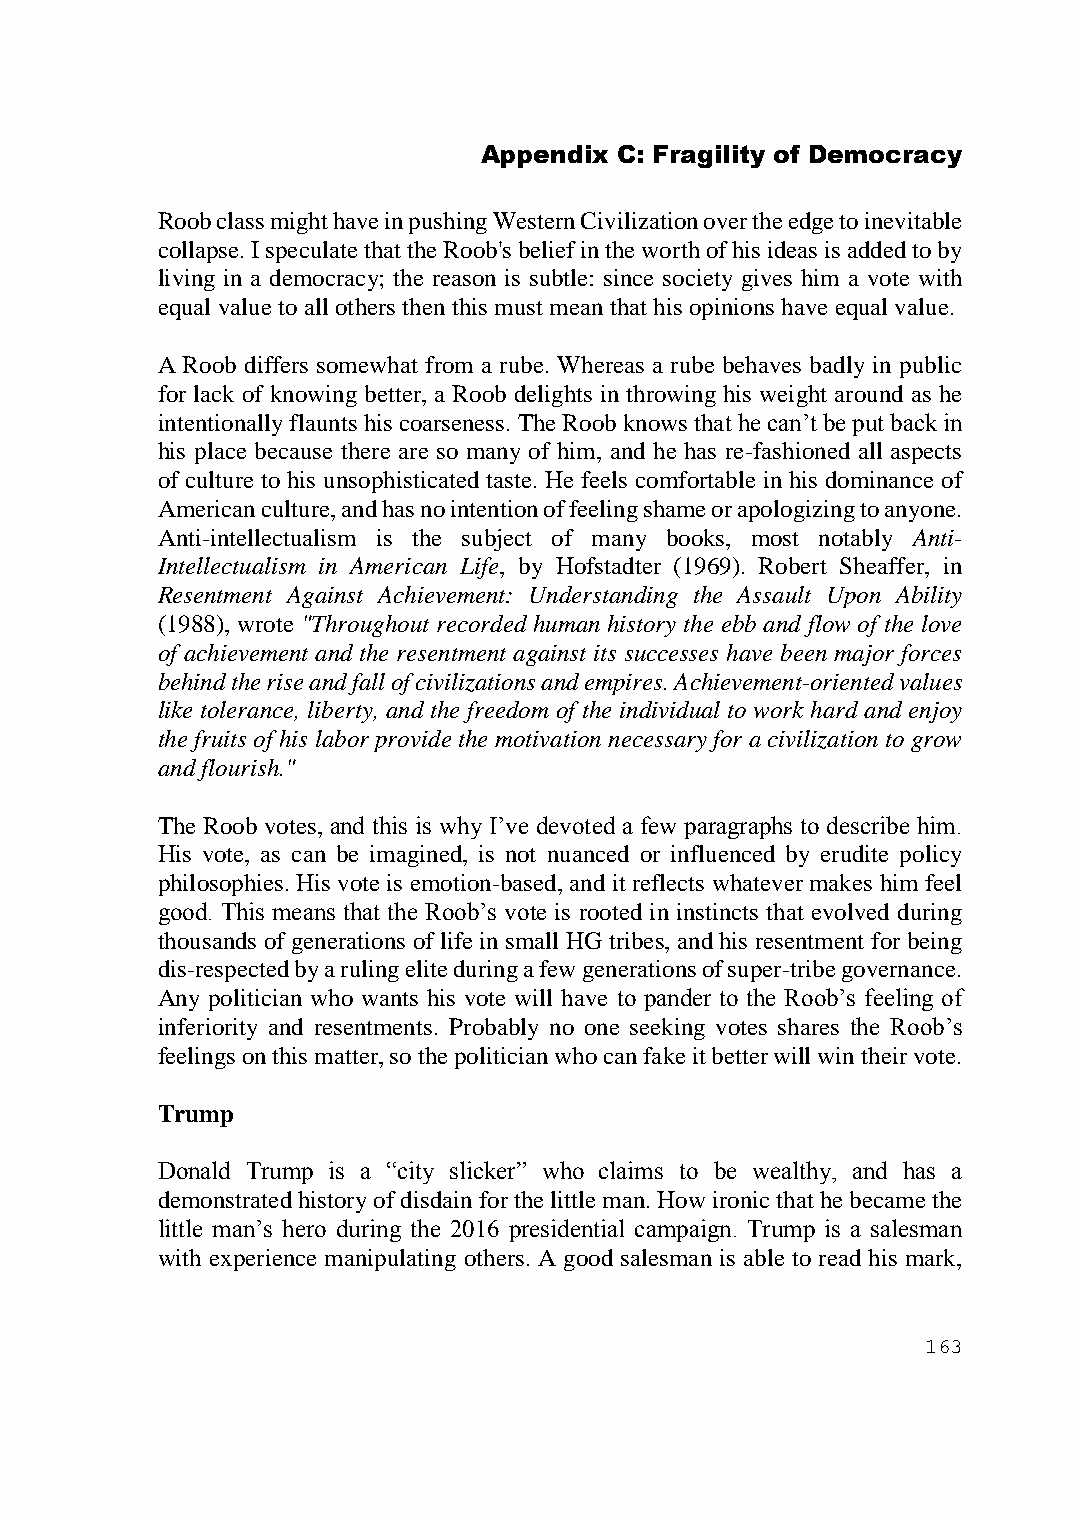
Appendix C: Fragility of Democracy
 Roob class might have in pushing Western Civilization over the edge to inevitable
 collapse. I speculate that the Roob's belief in the worth of his ideas is added to by
 living in a democracy; the reason is subtle: since society gives him a vote with
 equal value to all others then this must mean that his opinions have equal value.
 A Roob differs somewhat from a rube. Whereas a rube behaves badly in public
 for lack of knowing better, a Roob delights in throwing his weight around as he
 intentionally flaunts his coarseness. The Roob knows that he can’t be put back in
 his place because there are so many of him, and he has re-fashioned all aspects
 of culture to his unsophisticated taste. He feels comfortable in his dominance of
 American culture, and has no intention of feeling shame or apologizing to anyone.
 Anti-intellectualism is the subject of many books, most notably Anti-
 Intellectualism in American Life, by Hofstadter (1969). Robert Sheaffer, in
 Resentment Against Achievement: Understanding the Assault Upon Ability
 (1988), wrote "Throughout recorded human history the ebb and flow of the love
 of achievement and the resentment against its successes have been major forces
 behind the rise and fall of civilizations and empires. Achievement-oriented values
 like tolerance, liberty, and the freedom of the individual to work hard and enjoy
 the fruits of his labor provide the motivation necessary for a civilization to grow
 and flourish."
 The Roob votes, and this is why I’ve devoted a few paragraphs to describe him.
 His vote, as can be imagined, is not nuanced or influenced by erudite policy
 philosophies. His vote is emotion-based, and it reflects whatever makes him feel
 good. This means that the Roob’s vote is rooted in instincts that evolved during
 thousands of generations of life in small HG tribes, and his resentment for being
 dis-respected by a ruling elite during a few generations of super-tribe governance.
 Any politician who wants his vote will have to pander to the Roob’s feeling of
 inferiority and resentments. Probably no one seeking votes shares the Roob’s
 feelings on this matter, so the politician who can fake it better will win their vote.
 Trump
 Donald Trump is a “city slicker” who claims to be wealthy, and has a
 demonstrated history of disdain for the little man. How ironic that he became the
 little man’s hero during the 2016 presidential campaign. Trump is a salesman
 with experience manipulating others. A good salesman is able to read his mark,
 163